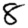
Digit: 8